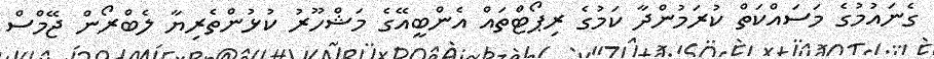
ގެނައުމުގެ މަސައްކަތް ކުރަމުންދާ ކަމުގެ ރިޕޯޓްތައް އެންބީއޭގެ މަޝްހޫރު ކުޅުންތެރިޔާ ލެބްރޯން ޖޭމްސް